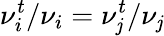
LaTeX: \nu_{i}^{t}/\nu_{i}=\nu_{\mathit{j}}^{t}/\nu_{\mathit{j}}